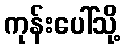
ကုန်းပေါ်သို့